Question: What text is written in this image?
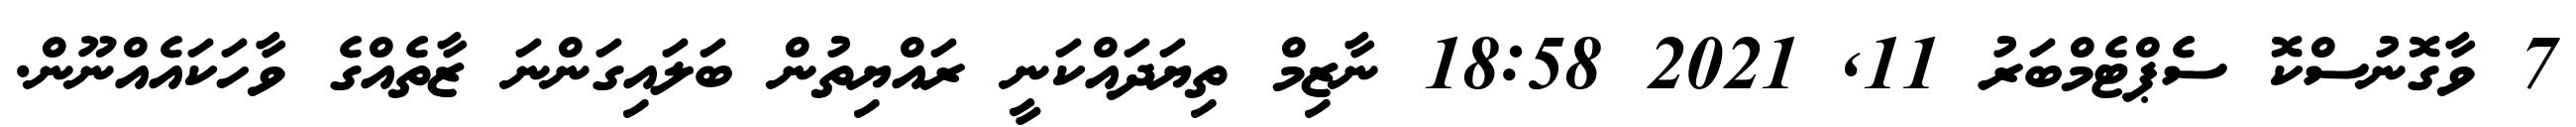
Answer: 7 ވާގޮނުސްކޮ ސެޕްޓެމްބަރު 11, 2021 18:58 ނާޒިމް ތިޔަދައްކަނީ ރައްޔިތުން ބަލައިގަންނަ ޒާތެއްގެ ވާހަކައެއްނޫން.